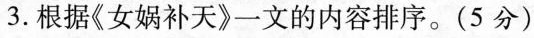
3.根据《女娲补天》一文的内容排序。(5分)